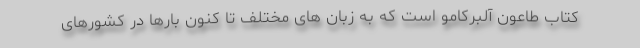
کتاب طاعون آلبرکامو است که به زبان های مختلف تا کنون بارها در کشورهای